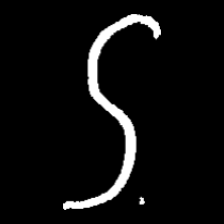
Pyu character \u2014 Myanmar letter: ဌ (romanized: ttha)